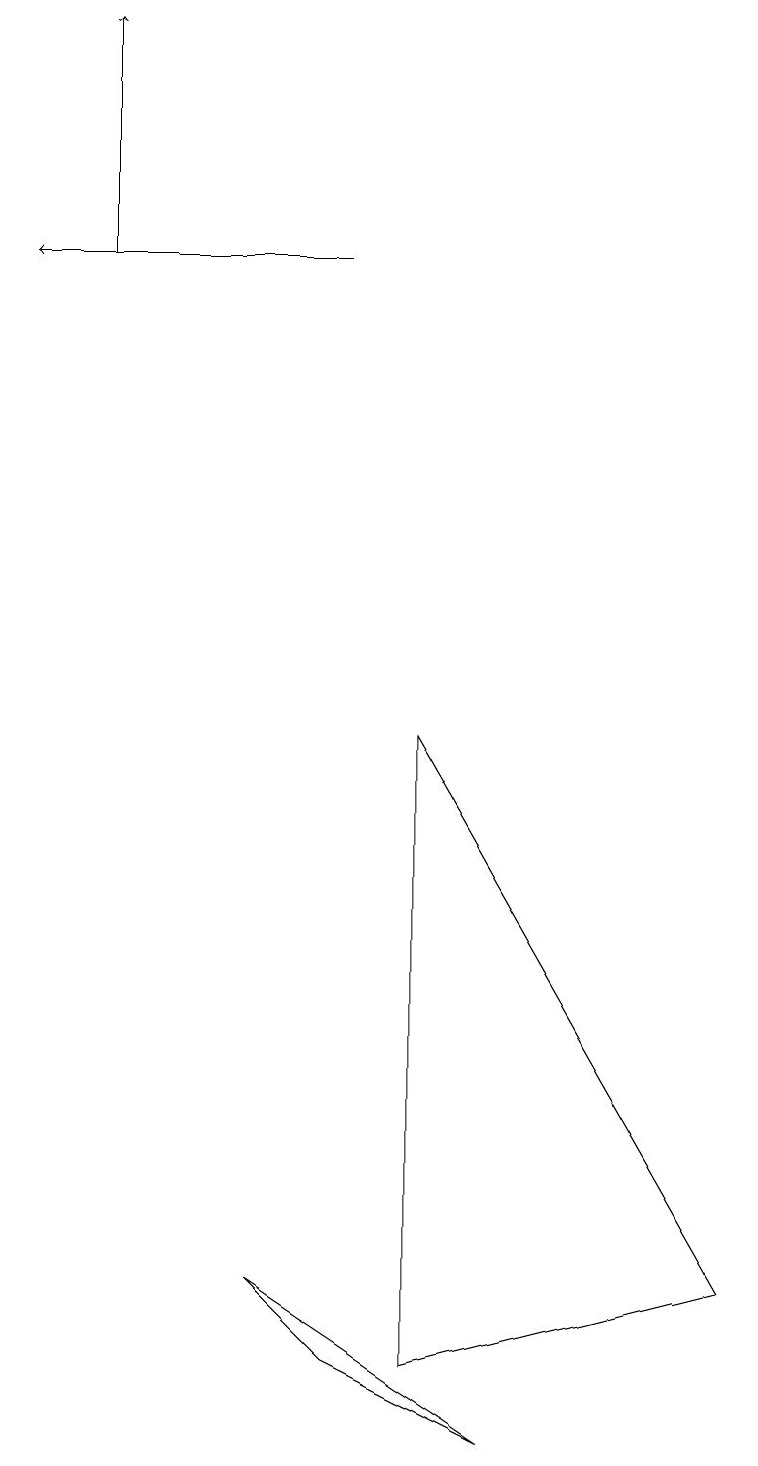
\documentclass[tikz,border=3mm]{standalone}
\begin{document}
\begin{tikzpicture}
\draw (5,1) -- (9,2) -- (5,9) -- cycle;
\draw[->] (4,15) -- (0,15);
\draw[->] (1,15) -- (1,18);
\draw (4,1) -- (6,0) -- (3,2) -- cycle;
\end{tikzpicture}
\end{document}